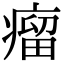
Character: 瘤